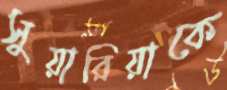
সুয়ারিয়াকে